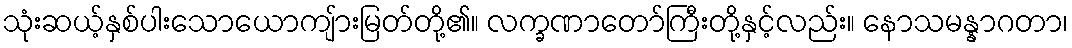
သုံးဆယ့်နှစ်ပါးသောယောကျ်ားမြတ်တို့၏။ လက္ခဏာတော်ကြီးတို့နှင့်လည်း။ နောသမန္နာဂတာ၊